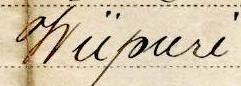
Wiipuri